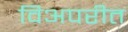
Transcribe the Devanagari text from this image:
विअपरीत